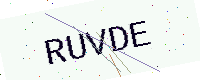
Text: RUVDE